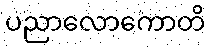
ပညာလောကောတိ